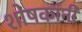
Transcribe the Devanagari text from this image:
शोषकांनी